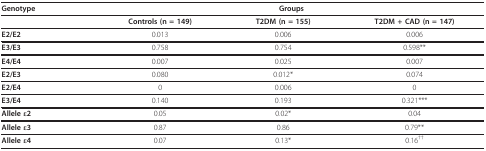
<table><thead><tr><td><b>Genotype</b></td><td colspan="3"><b>Groups</b></td></tr></thead><tbody><tr><td></td><td><b>Controls (n = 149)</b></td><td><b>T2DM (n = 155)</b></td><td><b>T2DM + CAD (n = 147)</b></td></tr><tr><td><b>E2/E2</b></td><td>0.013</td><td>0.006</td><td>0.006</td></tr><tr><td><b>E3/E3</b></td><td>0.758</td><td>0.754</td><td>0.598**</td></tr><tr><td><b>E4/E4</b></td><td>0.007</td><td>0.025</td><td>0.007</td></tr><tr><td><b>E2/E3</b></td><td>0.080</td><td>0.012*</td><td>0.074</td></tr><tr><td><b>E2/E4</b></td><td>0</td><td>0.006</td><td>0</td></tr><tr><td><b>E3/E4</b></td><td>0.140</td><td>0.193</td><td>0.321***</td></tr><tr><td><b>Allele ε2</b></td><td>0.05</td><td>0.02*</td><td>0.04</td></tr><tr><td><b>Allele ε3</b></td><td>0.87</td><td>0.86</td><td>0.79**</td></tr><tr><td><b>Allele ε4</b></td><td>0.07</td><td>0.13*</td><td>0.16<sup>††</sup></td></tr></tbody></table>